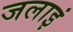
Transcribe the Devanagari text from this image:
जलाइं